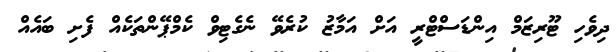
ދިވެހި ޓޫރިޒަމް އިންޑަސްޓްރީ އަށް އަމާޒު ކުރެވޭ ނެގެޓިވް ކެމްޕޭންތަކެއް ފެށި ބައެއް